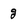
Character: g